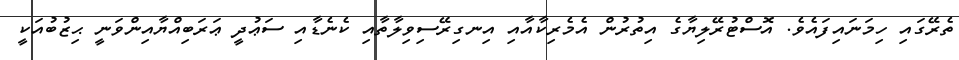
ތެރޭގައި ހިމަނައިފައެވެ. އޮސްޓުރޭލިޔާގެ އިތުރުން އެމެރިކާއާއި އިނގިރޭސިވިލާތާއި ކެނެޑާއި ސަޢުދީ ޢަރަބިއްޔާއިންވަނީ ޙިޒުބުއަކީ